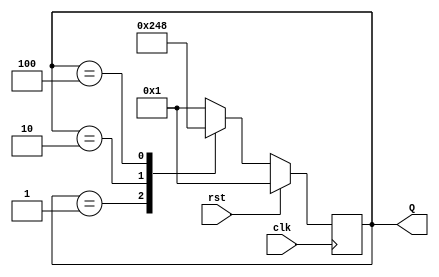
module JohnsonCounter (
  input wire clk,
  input wire rst,
  output reg [3:0] Q
);

reg [3:0] next_Q;

always @(posedge clk) begin
  if (rst) begin
    Q <= 4'b0001;
  end else begin
    Q <= next_Q;
  end
end

always @(Q) begin
  case(Q)
    4'b0001: next_Q = 4'b0010;
    4'b0010: next_Q = 4'b0100;
    4'b0100: next_Q = 4'b1000;
    4'b1000: next_Q = 4'b0001;
    default: next_Q = 4'b0001;
  endcase
end

endmodule